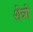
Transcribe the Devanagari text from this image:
शेत्रो